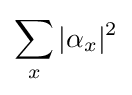
\sum _{x}|\alpha _{x}|^{2}